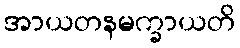
အာယတနမက္ခာယတိ